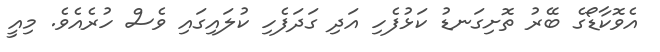
އެވޮކާޑޯގެ ބޭރު ތޮށިގަނޑު ކަޅުފެހި އަދި ގަދަފެހި ކުލައިގައި ވެސް ހުރެއެވެ. މިއީ